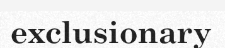
exclusionary